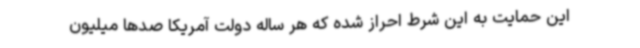
این حمایت به این شرط احراز شده که هر ساله دولت آمریکا صدها میلیون